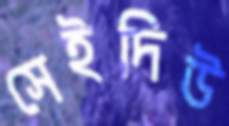
সেইদিউ